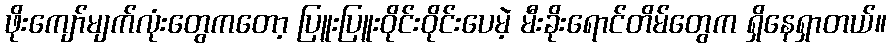
ဖိုးကျော်မျက်လုံးတွေကတော့ ပြူးပြူးဝိုင်းဝိုင်းပေမဲ့ မီးခိုးရောင်တိမ်တွေက ရှိနေရှာတယ်။